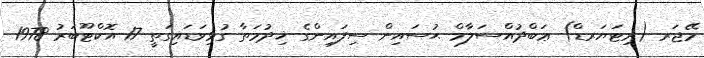
މޭޖަރ (ރިޓަޔަރޑް) ޢަބްދުއްސަލާމް ޙުސައިން ސިފައިންގެ ޚިދުމަތާ ގުޅިވަޑައިގަތީ 17 އޮކްޓޫބަރު 1978